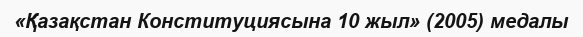
«Қазақстан Конституциясына 10 жыл» (2005) медалы